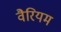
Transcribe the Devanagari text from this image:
वैरियम